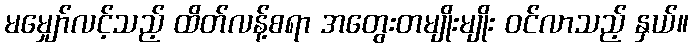
မမျှော်လင့်သည့် ထိတ်လန့်စရာ အတွေးတမျိုးမျိုး ဝင်လာသည့် နှယ်။